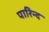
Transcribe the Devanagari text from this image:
पारिन्द